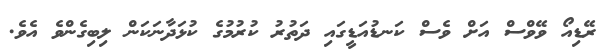
ރޭޑިއޯ ވޭވްސް އަށް ވެސް ކަނޑުއަޑީގައި ދަތުރު ކުރުމުގެ ކުޅަދާނަކަން ލިބިގެންވެ އެވެ.